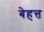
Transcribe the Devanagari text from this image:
बेहत्त